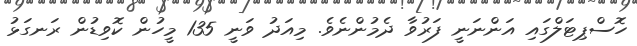
ހޮސްޕިޓަލްގައި އަންނަނީ ފަރުވާ ދެމުންނެވެ. މިއަދު ވަނީ 135 މީހުން ކޮވިޑުން ރަނގަޅު